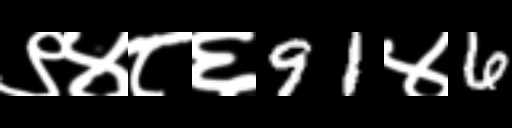
Text: ९४८६91४6